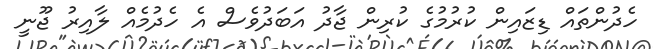
ހެދުންތައް ޑިޒައިން ކުރުމުގެ ކުރިން ޖާދު އަބަދުވެސް އެ ހެދުމެއް ލާއިރު ޖޫނީ